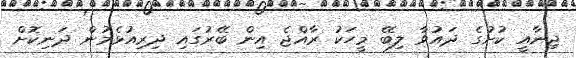
ޖިނާއީ ކުށުގެ ދައުވާ ލިބޭ މީހަކު ރާއްޖެ އިން ބޭރުގައި ދިރިއުޅެމުން ދަނިކޮށް